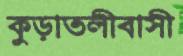
কুড়াতলীবাসী